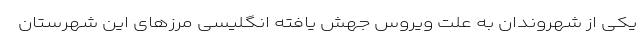
یکی از شهروندان به علت ویروس جهش یافته انگلیسی مرزهای این شهرستان